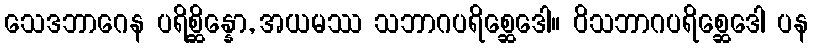
သေဒဘာဂေန ပရိစ္ဆိန္နော, အယမဿ သဘာဂပရိစ္ဆေဒေါ။ ဝိသဘာဂပရိစ္ဆေဒေါ ပန